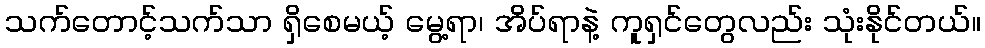
သက်တောင့်သက်သာ ရှိစေမယ့် မွေ့ရာ၊ အိပ်ရာနဲ့ ကူရှင်တွေလည်း သုံးနိုင်တယ်။